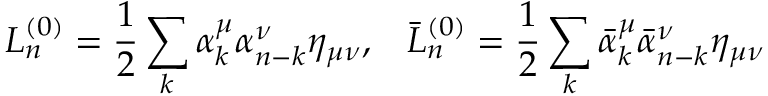
L _ { n } ^ { ( 0 ) } = \frac { 1 } { 2 } \sum _ { k } \alpha _ { k } ^ { \mu } \alpha _ { n - k } ^ { \nu } \eta _ { \mu \nu } { , } \quad \bar { L } { } _ { n } ^ { ( 0 ) } = \frac { 1 } { 2 } \sum _ { k } \bar { \alpha } { } _ { k } ^ { \mu } \bar { \alpha } { } _ { n - k } ^ { \nu } \eta _ { \mu \nu }